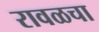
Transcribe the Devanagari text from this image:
रावळचा